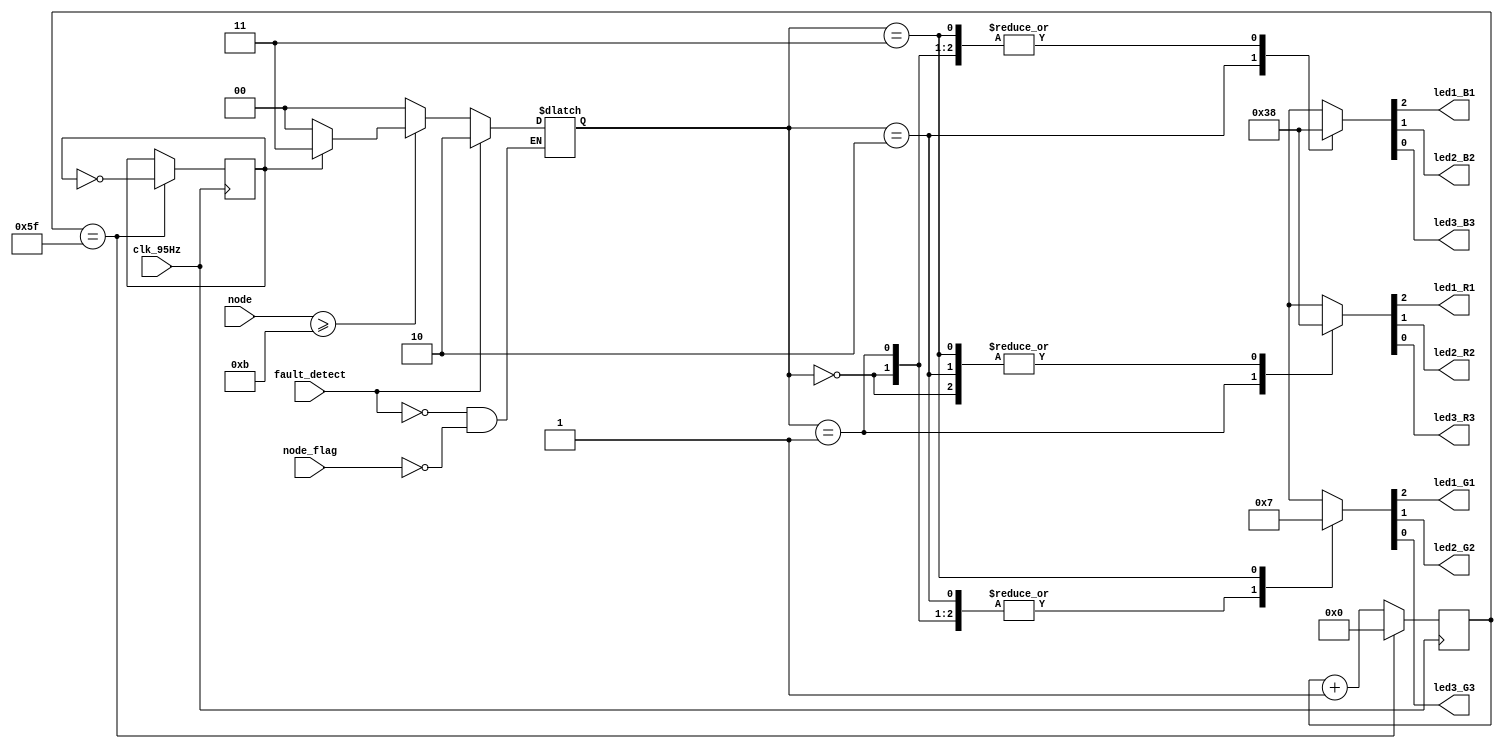
module LED_driver(
	input clk_95Hz,
	input fault_detect,
	input node_flag,
	input [7:0] node,
	output reg led1_R1,													//LED handling pins
	output reg led1_G1,
	output reg led1_B1,
	output reg led2_R2,
	output reg led2_G2,
	output reg led2_B2,
	output reg led3_R3,
	output reg led3_G3,
	output reg led3_B3
);
initial begin
	{led1_R1,led2_R2,led3_R3} <= 3'b0;
	{led1_B1,led2_B2,led3_B3} <= 3'b0;
	{led1_G1,led2_G2,led3_G3} <= 3'b0;
end
reg [1:0] glow_flag = 2'b0;
reg [31:0] counter = 0;
reg switch = 0;
always@ (posedge clk_95Hz) begin
	if (counter == 95) begin
		switch <= ~switch;
		counter <= 0;
	end
	else
		counter <= counter + 1;
end

always@(*)begin
	if (fault_detect)
			glow_flag <= 2'b10;
	else if (node_flag) begin
		if (node >= 11)
				glow_flag <= (switch) ? 2'b11 : 2'b00; 
		else 
				glow_flag <= 2'b00;
	end
	case (glow_flag)
		2'b00: begin
			{led1_R1,led2_R2,led3_R3} <= 3'b0;
			{led1_B1,led2_B2,led3_B3} <= 3'b0;
			{led1_G1,led2_G2,led3_G3} <= 3'b0;
		end
		2'b01: begin
			{led1_R1,led2_R2,led3_R3} <= 3'b111;
			{led1_B1,led2_B2,led3_B3} <= 3'b0;
			{led1_G1,led2_G2,led3_G3} <= 3'b0;
		end
		2'b10: begin
			{led1_R1,led2_R2,led3_R3} <= 3'b0;
			{led1_B1,led2_B2,led3_B3} <= 3'b111;
			{led1_G1,led2_G2,led3_G3} <= 3'b0;
		end
		2'b11: begin
			{led1_R1,led2_R2,led3_R3} <= 3'b0;
			{led1_B1,led2_B2,led3_B3} <= 3'b0;
			{led1_G1,led2_G2,led3_G3} <= 3'b111;
		end
	endcase
end
endmodule